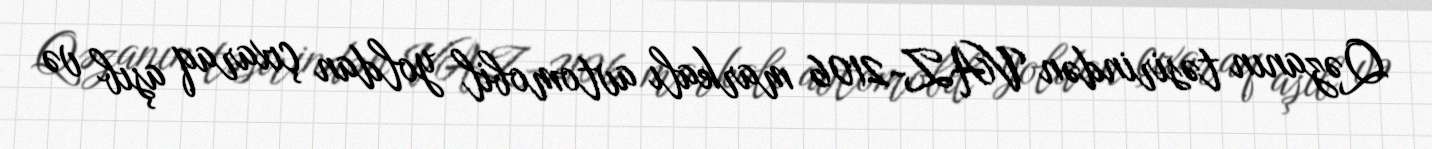
Qəzanın təsirindən VAZ-2106 markalı avtomobil yoldan çıxaraq aşıb və